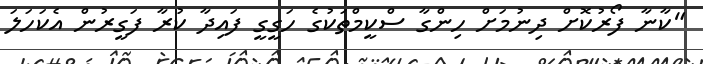
"ކާނާ ފޯރުކޮށް ދިނުމަަށް ހިންގާ ސްކީމްތަކުގެ ހަގީގީ ފައިދާ ކުރާ ފަގީރުން އެކަހަލަ